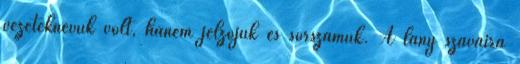
vezetéknevük volt, hanem jelzőjük és sorszámuk. A lány szavaira